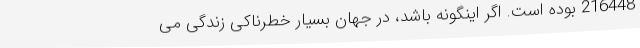
216448 بوده است. اگر اینگونه باشد، در جهان بسیار خطرناکی زندگی می